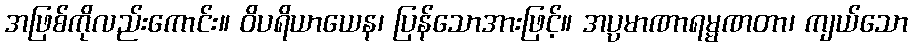
အဖြစ်ကိုလည်းကောင်း။ ဝိပရိယာယေန၊ ပြန်သောအားဖြင့်။ အပ္ပမာဏာရမ္မဏတာ၊ ကျယ်သော